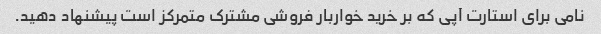
نامی برای استارت آپی که بر خرید خواربار فروشی مشترک متمرکز است پیشنهاد دهید.